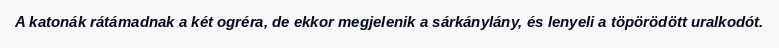
A katonák rátámadnak a két ogréra, de ekkor megjelenik a sárkánylány, és lenyeli a töpörödött uralkodót.